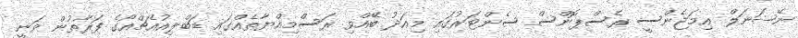
ނޭޝަނަލް އިމަޖެންސީ ރެސްޕޮންސް ސެންޓަރުގައި މިއަދު ބޭއްވި ރަސްމިއްޔާތެއްގައި ޑަބްލިއުއެޗްއޯގެ ފަރާތުން ވަނީ